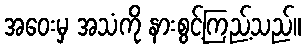
အဝေးမှ အသံကို နားစွင့်ကြည့်သည်။